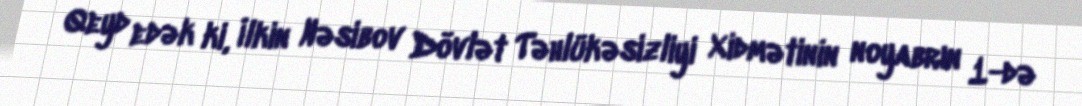
Qeyd edək ki, İlkin Nəsibov Dövlət Təhlükəsizliyi Xidmətinin noyabrın 1-də